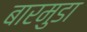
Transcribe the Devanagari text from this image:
बारमुडा